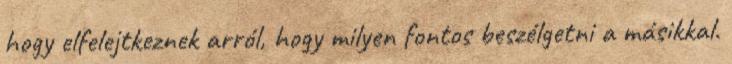
hogy elfelejtkeznek arról, hogy milyen fontos beszélgetni a másikkal.